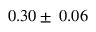
0 . 3 0 \pm \: 0 . 0 6